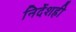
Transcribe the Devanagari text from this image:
निर्देशही